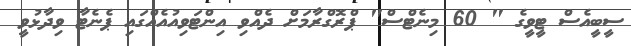
ސީބީއެސް ޓީވީގެ " 60 މިނެޓްސް" ޕްރޮގްރާމަށް ދެއްވި އިންޓަވިއުއެއްގައި ޕެނެޓާ ވިދާޅުވީ